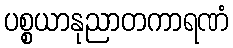
ပစ္စယာနုညာတကာရဏံ